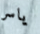
ياسر